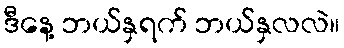
ဒီနေ့ ဘယ်နှရက် ဘယ်နှလလဲ။